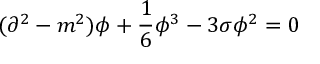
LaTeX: ( \partial ^ { 2 } - m ^ { 2 } ) \phi + \frac { 1 } { 6 } \phi ^ { 3 } - 3 \sigma \phi ^ { 2 } = 0